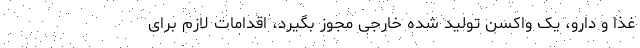
غذا و دارو، یک واکسن تولید شده خارجی مجوز بگیرد، اقدامات لازم برای